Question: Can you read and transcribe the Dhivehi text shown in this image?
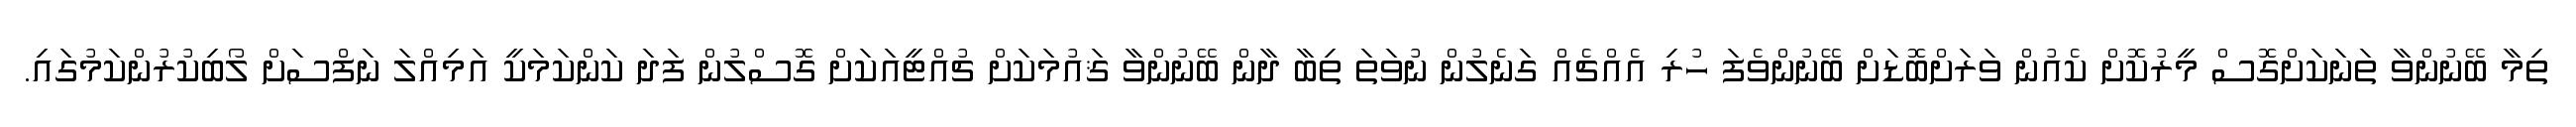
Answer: ތިމާ ބޭނުންވާ ތަނަކަށްގޮސް މީރުކޮށް ކެއުން ވަރަށްބޮޑަށް ބޭނުންވެފަ ހުރި އެއްޗެއް ގަނެލުން ނުވަތަ ތިބާ ދާން ބޭނުންވާ ޤައުމަކަށް ޗުއްޓީއަކަށް ގޮސްލުން ފަދަ ކަންކަމަކީ އަމިއްލަ ނަފްސަށް ލޯބިކުރުންކަމުގައި.